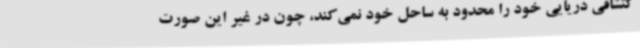
کتشافی دریایی خود را محدود به ساحل خود نمی‌کند، چون در غیر این صورت